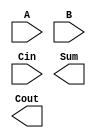
module PPA8(A, B, Cin, Sum, Cout);
input  [7:0] A, B;
input        Cin;
output [7:0] Sum;
output Cout;

// put your design here


endmodule